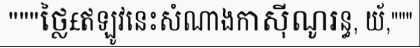
"""ថ្លៃ£ឥឡូវនេះសំណាងកាស៊ីណូរន្ធ, យ័,"""